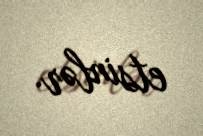
etsinlər.